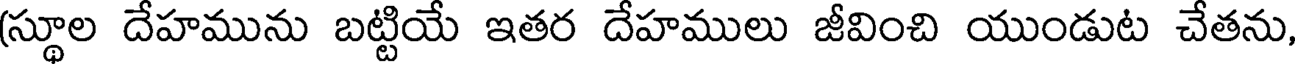
(స్థూల దేహమును బట్టియే ఇతర దేహములు జీవించి యుండుట చేతను